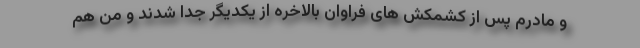
و مادرم پس از کشمکش های فراوان بالاخره از یکدیگر جدا شدند و من هم